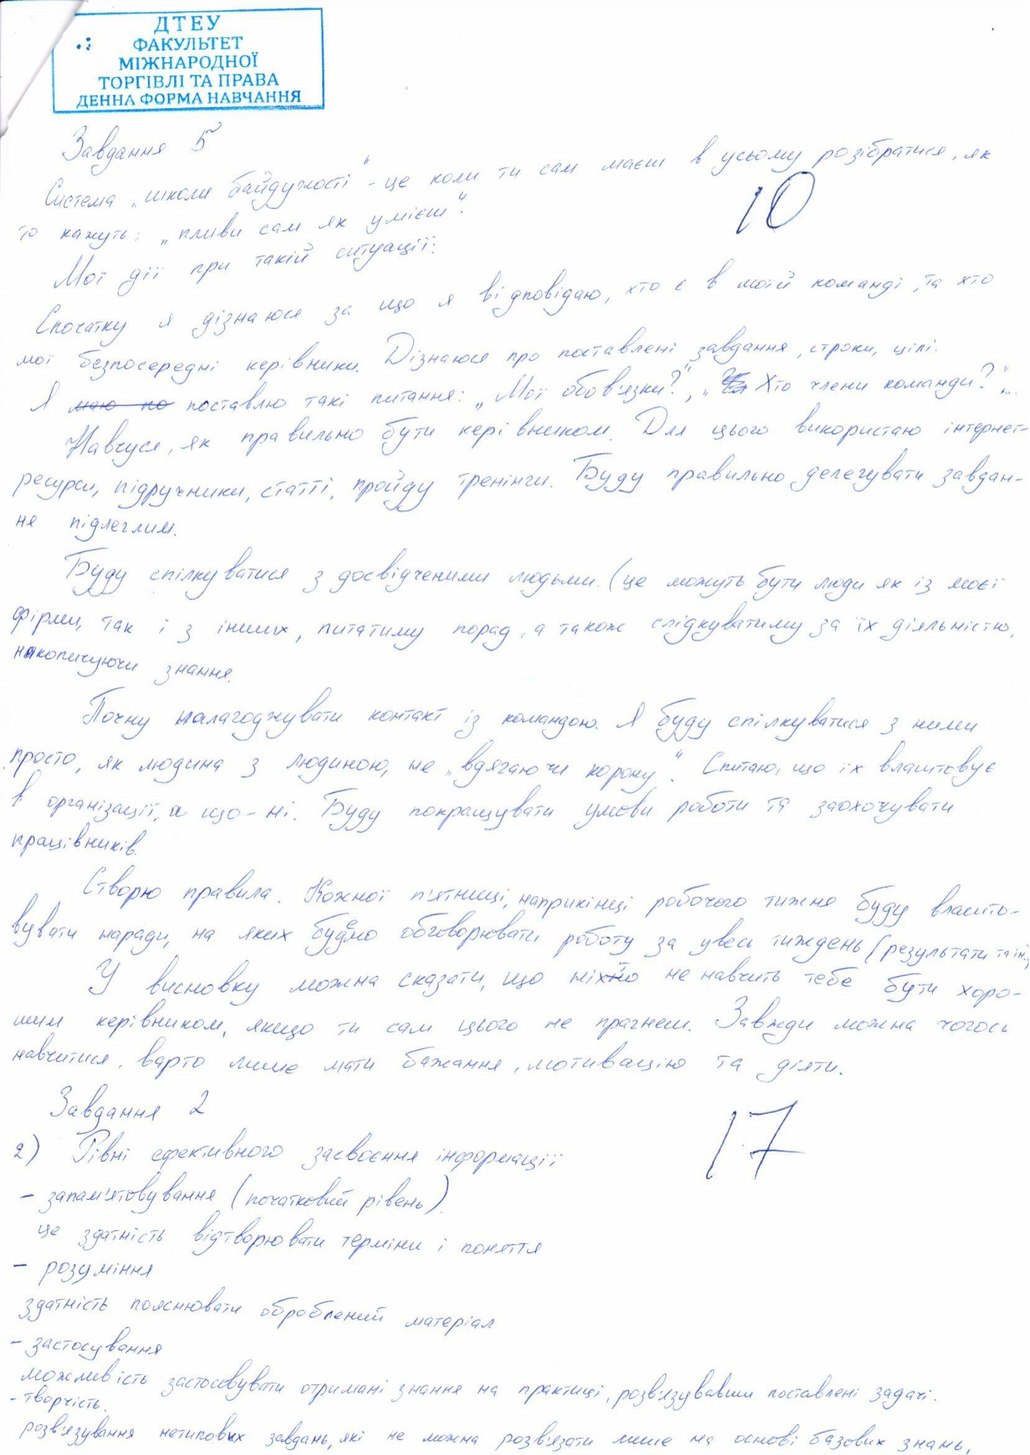
Завдання 5
Система „школи байдужості“ - це коли ти сам маєш в усьому розібратись, як
10
то кажуть: "пливи сам як умієш"
Мої дії при такій ситуації:
Спочатку я дізнаюся за що я відповідаю, хто є в моїй команді, та хто
мої безпосередні керівники. Дізнаюся про поставлені завдання, строки, цілі.
Я ~~маю по~~ поставлю такі питання: " Мої обов'язки?", ~~Чи~~ "Хто члени команди?"
Навчуся, як правильно бути керівником. Для цього використаю інтернет-
ресурси, підручники, статті, пройду тренінги. Буду правильно делегувати завдан-
ня підлеглим.
Буду спілкуватися з досвідченими людьми. (це можуть бути люди як із моєї
фірми, так і з інших, питатиму порад, а також слідкуватиму за їх діяльністю,
накопичуючи знання.
Почну налагоджувати контакт із командою. Я буду спілкуватися з ними
просто, як людина з людиною, не "вдягаючи корону". Спитаю, що їх влаштовує
в організації, а що-ні. Буду покращувати умови роботи та заохочувати
працівників.
Створю правила Кожної п'ятниці робочого тижня буду влашто-
вувати наради, на яких будемо обговорювати роботу за увесь тиждень (результати та ін.)
У висновку можна сказати, що ніх~~н~~то не навчить тебе бути хоро-
шим керівником, якщо ти сам цього не прагнеш. Завжди можна чогось
навчитися, варто лише мати бажання, мотивацію та діяти.
Завдання 2
17
2) Рівні ефективного засвоєння інформації:
- запам'ятовування (початковий рівень)
це здатність відтворювати терміни і поняття
- розуміння
здатність пояснювати оброблений матеріал
- застосування
можливість застосовувати отримані знання на практиці, розв'язувавши поставлені задачі.
- творчість.
розв'язування нетипових завдань, які не можна розв'язати лише на основі базових знань,